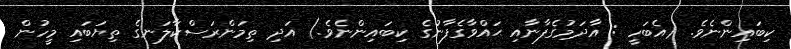
ކިބައިންނެވެ. (އެބަހީ : އާދަމުގެފާނާއި ޙައްވާގެފާނުގެ ކިބައިންނެވެ.) އަދި ތިމަންރަސްކާލަނގެ ތިޔަބައި މީހުން